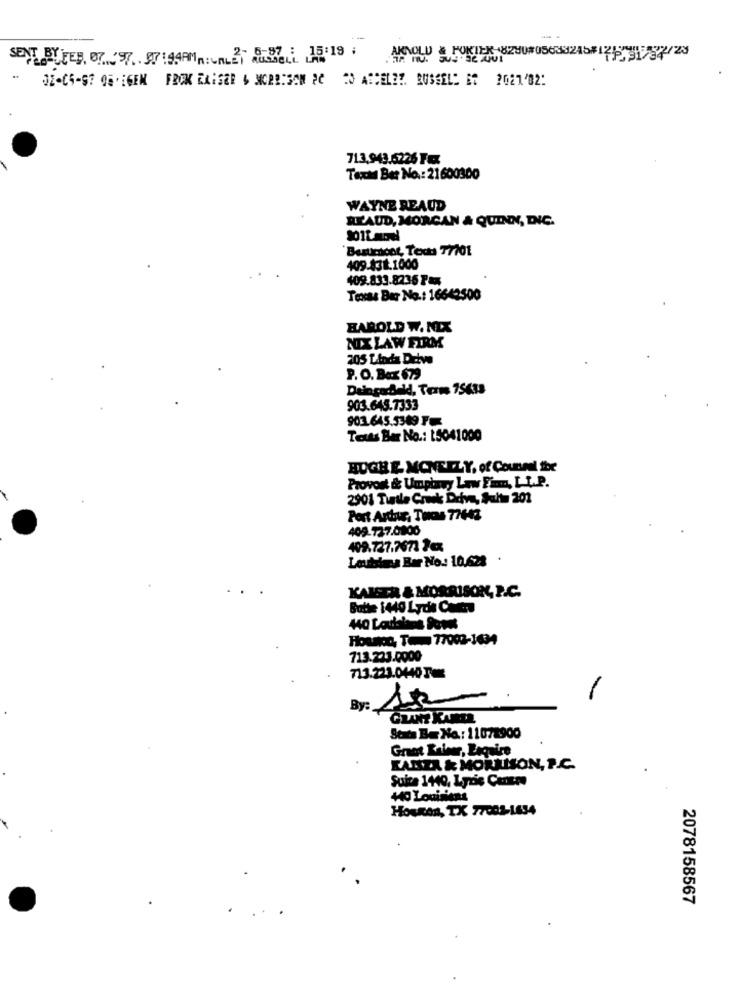
SENT BYFER, O7. 97. 97 : 94AM ....... Z; 5.37 : 15:19 ;
..
02-05-SE QE.IGEM FROM ERISER & MORRISON RC CO ASCELE ?. RUSSEL" ET 2021'82:
713,943.5226 Fax
Tack Bet No .: 21600300
WAYNE REAUD
BEAUD, MORGAN & QUINN, DIC.
Bestimdont, Texts 77701
409-431.1600
409.833.8236 Ta
Texsas Ber No .: 16643500
HAROLD W. NIX
NIX LAW FIRM
205 Linda Drive
P. O. Box 679
903.645.7333
903.645.5309 F=
Texts Ber No .: 15041000
BOGHE MCNEILY, of Courseel for
Provost &: Umpiary Law Firm, L.L.P.
2901 Tintle Crwek Drive, Suite 201
Port Arthur, Turcas 77642
408.727.0800
409.737.7671 Pex
Loutsiana Bar No .: 10.621 .
KAISTR & MORRISON, P.C.
Butte 1440 Lyde Car
HowND, TO 77002-1634
713.223.0000
713.223.0440 Te
By: At
GLANZ KARTE
Stats Be Na: 11071:900
Grot Kaiser, Laguire
KAUZA & MORRISON, P.C.
Suiza 1440, Lyris Custa
+40 Louisiens
HouKen, TX 77002-1634
2078158567